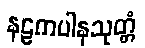
နဠကပါနသုတ္တံ